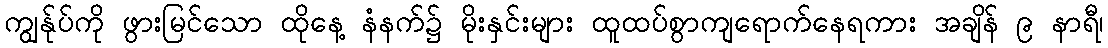
ကျွန်ုပ်ကို ဖွားမြင်သော ထိုနေ့ နံနက်၌ မိုးနှင်းများ ထူထပ်စွာကျရောက်နေရကား အချိန် ၉ နာရီ၊